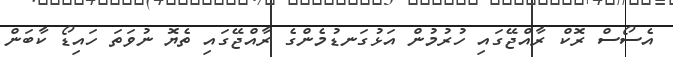
އެސޯސް ރޮކް ރާއްޖޭގައި ހުރުމުން އަޅުގަނޑުމެންގެ ރާއްޖޭގައި ތެޔޮ ނުވަތަ ހައިޑޯ ކާބަން